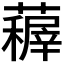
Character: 𮒤